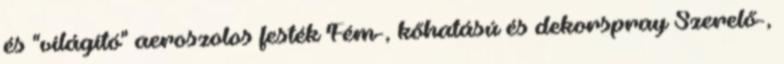
és "világító" aeroszolos festék Fém-, kőhatású és dekorspray Szerelő-,